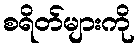
စရိတ်များကို